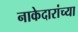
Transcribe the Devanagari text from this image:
नाकेदारांच्या